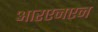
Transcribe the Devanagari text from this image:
आरएनएन